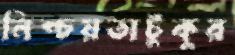
নিশ্চয়তাটুকুর